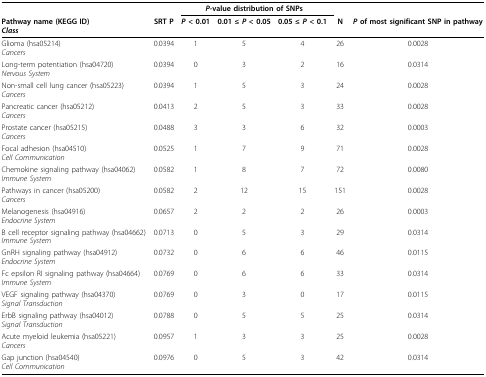
<table><thead><tr><td></td><td></td><td colspan="3"><b><i>P</i>-value distribution of SNPs</b></td><td></td><td></td></tr><tr><td><b>Pathway name (KEGG ID)<i>Class</i></b></td><td><b>SRT P</b></td><td><b><i>P</i> &lt; 0.01</b></td><td><b>0.01 ≤ <i>P </i>&lt; 0.05</b></td><td><b>0.05 ≤ <i>P </i>&lt; 0.1</b></td><td><b>N</b></td><td><b><i>P </i>of most significant SNP in pathway</b></td></tr></thead><tbody><tr><td>Glioma (hsa05214)<i>Cancers</i></td><td>0.0394</td><td>1</td><td>5</td><td>4</td><td>26</td><td>0.0028</td></tr><tr><td>Long-term potentiation (hsa04720)<i>Nervous System</i></td><td>0.0394</td><td>0</td><td>3</td><td>2</td><td>16</td><td>0.0314</td></tr><tr><td>Non-small cell lung cancer (hsa05223)<i>Cancers</i></td><td>0.0394</td><td>1</td><td>5</td><td>3</td><td>24</td><td>0.0028</td></tr><tr><td>Pancreatic cancer (hsa05212)<i>Cancers</i></td><td>0.0413</td><td>2</td><td>5</td><td>3</td><td>33</td><td>0.0028</td></tr><tr><td>Prostate cancer (hsa05215)<i>Cancers</i></td><td>0.0488</td><td>3</td><td>3</td><td>6</td><td>32</td><td>0.0003</td></tr><tr><td>Focal adhesion (hsa04510)<i>Cell Communication</i></td><td>0.0525</td><td>1</td><td>7</td><td>9</td><td>71</td><td>0.0028</td></tr><tr><td>Chemokine signaling pathway (hsa04062)<i>Immune System</i></td><td>0.0582</td><td>1</td><td>8</td><td>7</td><td>72</td><td>0.0080</td></tr><tr><td>Pathways in cancer (hsa05200)<i>Cancers</i></td><td>0.0582</td><td>2</td><td>12</td><td>15</td><td>151</td><td>0.0028</td></tr><tr><td>Melanogenesis (hsa04916)<i>Endocrine System</i></td><td>0.0657</td><td>2</td><td>2</td><td>2</td><td>26</td><td>0.0003</td></tr><tr><td>B cell receptor signaling pathway (hsa04662)<i>Immune System</i></td><td>0.0713</td><td>0</td><td>5</td><td>3</td><td>29</td><td>0.0314</td></tr><tr><td>GnRH signaling pathway (hsa04912)<i>Endocrine System</i></td><td>0.0732</td><td>0</td><td>6</td><td>6</td><td>46</td><td>0.0115</td></tr><tr><td>Fc epsilon RI signaling pathway (hsa04664)<i>Immune System</i></td><td>0.0769</td><td>0</td><td>6</td><td>6</td><td>33</td><td>0.0314</td></tr><tr><td>VEGF signaling pathway (hsa04370)<i>Signal Transduction</i></td><td>0.0769</td><td>0</td><td>3</td><td>0</td><td>17</td><td>0.0115</td></tr><tr><td>ErbB signaling pathway (hsa04012)<i>Signal Transduction</i></td><td>0.0788</td><td>0</td><td>5</td><td>5</td><td>25</td><td>0.0314</td></tr><tr><td>Acute myeloid leukemia (hsa05221)<i>Cancers</i></td><td>0.0957</td><td>1</td><td>3</td><td>3</td><td>25</td><td>0.0028</td></tr><tr><td>Gap junction (hsa04540)<i>Cell Communication</i></td><td>0.0976</td><td>0</td><td>5</td><td>3</td><td>42</td><td>0.0314</td></tr></tbody></table>